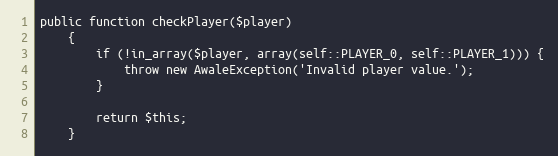
Language: PHP
public function checkPlayer($player)
    {
        if (!in_array($player, array(self::PLAYER_0, self::PLAYER_1))) {
            throw new AwaleException('Invalid player value.');
        }

        return $this;
    }